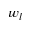
w _ { l }